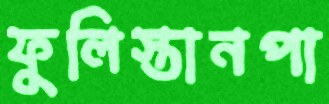
ফুলিস্তানপা